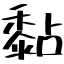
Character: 黏